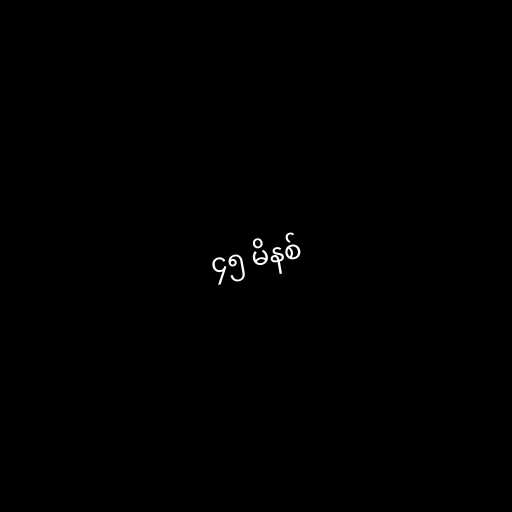
၄၅ မိနစ်